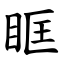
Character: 眶